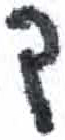
אות: ך